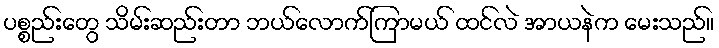
ပစ္စည်းတွေ သိမ်းဆည်းတာ ဘယ်လောက်ကြာမယ် ထင်လဲ အာယနဲက မေးသည်။